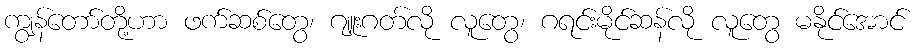
ကျွန်တော်တို့ဟာ ဖက်ဆစ်တွေ၊ ဂျူးဂတ်လို လူတွေ၊ ဂရင်းမိုင်ဆန်လို လူတွေ မနိုင်အောင်